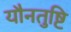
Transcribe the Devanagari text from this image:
यौनतुष्टि